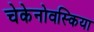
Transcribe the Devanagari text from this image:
चेकेनोवस्किया